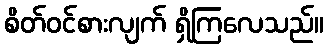
စိတ်ဝင်စားလျက် ရှိကြလေသည်။